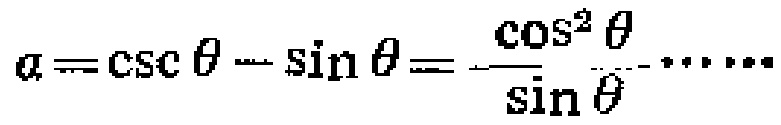
\(a = \csc\theta - \sin\theta=\frac{\cos^{2}\theta}{\sin\theta}\cdots\cdots\)